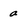
Character: a